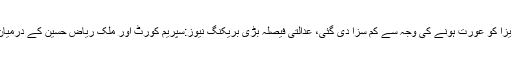
جان کر آپ یقین نہیں کریں گے غیر ملکی ماڈل ٹریزا کو عورت ہونے کی وجہ سے کم سزا دی گئی، عدالتی فیصلہ بڑی بریکنگ نیوز:سپریم کورٹ اور ملک ریاض حسین کے درمیان ڈیل طے پا گئی،کتنے پر معاملات طے ہو گئے؟